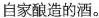
自家酿造的酒。l